Preliminary report on the killing of rats and rat fleas by hydrocyanic acid gas - Number 38
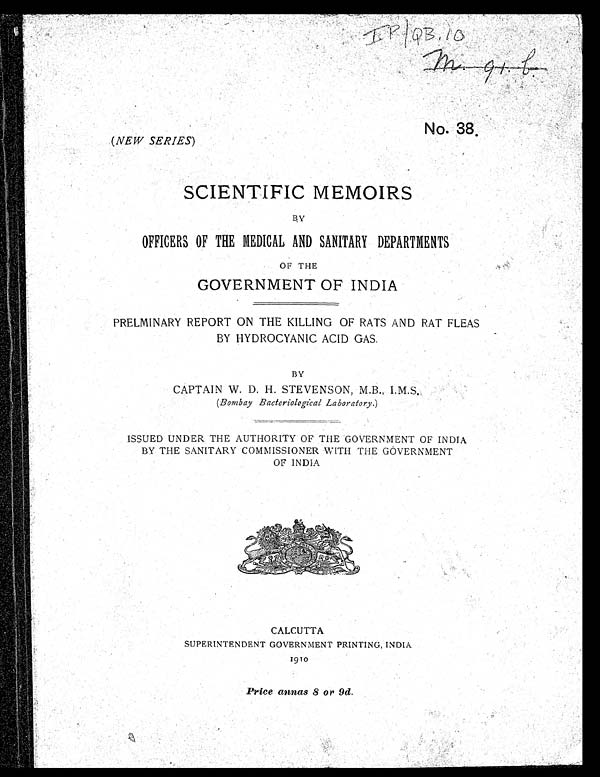
No. 38.
( NEW SERIES )
SCIENTIFIC MEMOIRS
BY
OFFICERS OF THE MEDICAL AND SANITARY DEPARTMENTS
OF THE
GOVERNMENT OF INDIA
PRELMINARY REPORT ON THE KILLING OF RATS AND RAT FLEAS
BY HYDROCYANIC ACID GAS.
BY
CAPTAIN W. D. H. STEVENSON, M.B., I.M.S.
( Bombay Bacteriological Laboratory .)
ISSUED UNDER THE AUTHORITY OF THE GOVERNMENT OF INDIA
BY THE SANITARY COMMISSIONER WITH THE GOVERNMENT
OF INDIA
SUPERINTENDENT GOVERNMENT PRINTING, INDIA
1910
Price annas 8 or 9d .